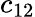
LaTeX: c_{12}